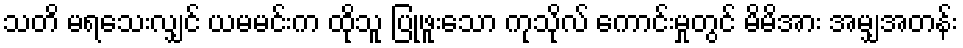
သတိ မရသေးလျှင် ယမမင်းက ထိုသူ ပြုဖူးသော ကုသိုလ် ကောင်းမှုတွင် မိမိအား အမျှအတန်း